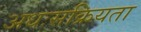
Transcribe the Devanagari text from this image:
अधःसक्रियता